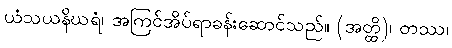
ယံသယနိဃရံ၊ အကြင်အိပ်ရာခန်းဆောင်သည်။ (အတ္ထိ)၊ တဿ၊